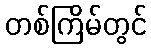
တစ်ကြိမ်တွင်